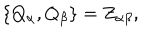
\{ Q _ { \alpha } , Q _ { \beta } \} = Z _ { \alpha \beta } ,